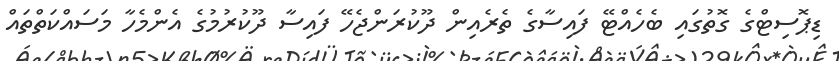
ޑިޕޮސިޓްގެ ގޮތުގައި ބެހެއްޓޭ ފައިސާގެ ތެރެއިން ދޫކުރަންޖެހޭ ފައިސާ ދޫކުރުމުގެ އެންމެހާ މަސައްކަތްތައް